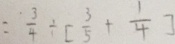
= \frac { 3 } { 4 } \div [ \frac { 3 } { 5 } + \frac { 1 } { 4 } ]